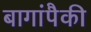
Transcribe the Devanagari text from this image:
बागांपैकी